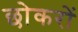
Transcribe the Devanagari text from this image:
छोकरों